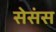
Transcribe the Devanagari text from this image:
सेसंस